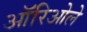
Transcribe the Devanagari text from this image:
ऑरिओले